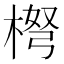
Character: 𱣳